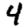
Digit: 4